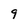
Character: 9